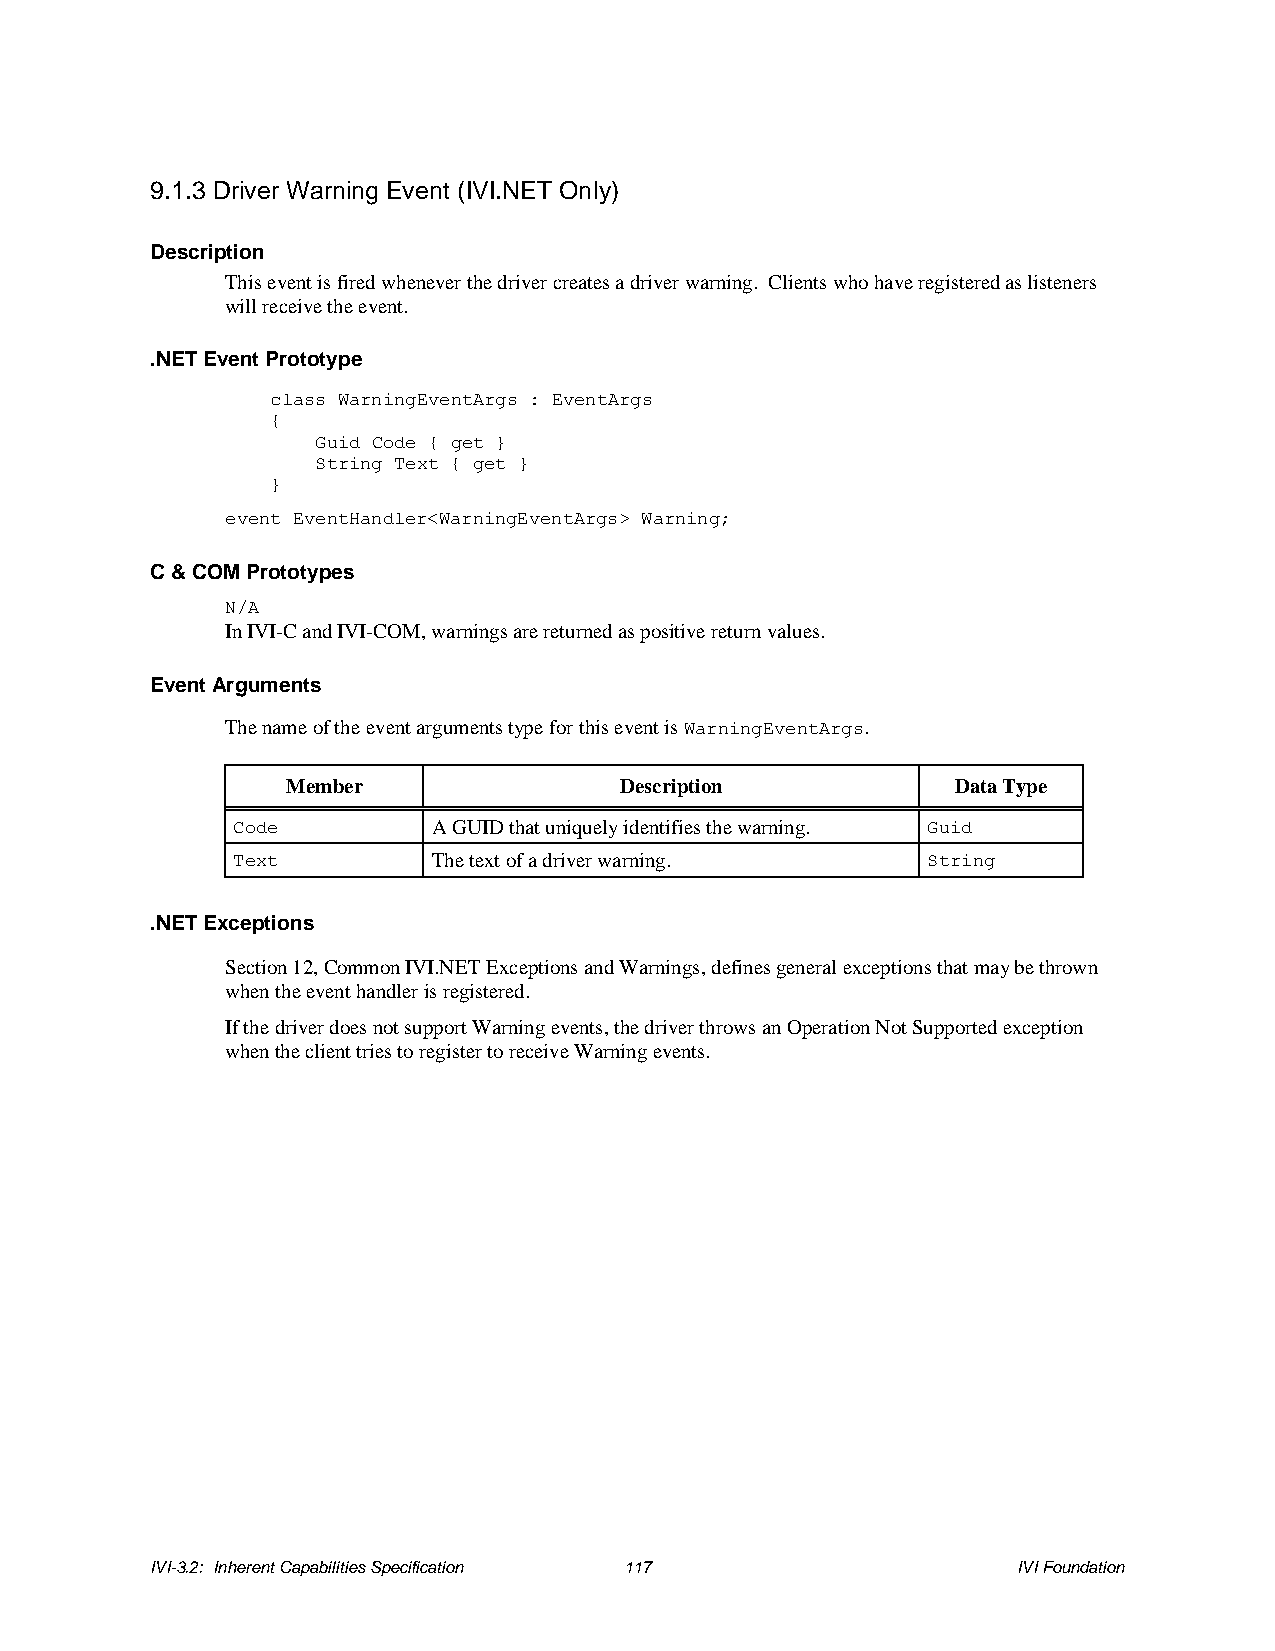
9.1.3 Driver Warning Event (IVI.NET Only)
 Description
 This event is fired whenever the driver creates a driver warning. Clients who have registered as listeners
 will receive the event.
 .NET Event Prototype
 class WarningEventArgs : EventArgs
 {
 Guid Code { get }
 String Text { get }
 }
 event EventHandler<WarningEventArgs> Warning;
 C & COM Prototypes
 N/A
 In IVI-C and IVI-COM, warnings are returned as positive return values.
 Event Arguments
 The name of the event arguments type for this event is WarningEventArgs.
 Member                Description           Data Type
 Code          A GUID that uniquely identifies the warning. Guid
 Text          The text of a driver warning.   String
 .NET Exceptions
 Section 12, Common IVI.NET Exceptions and Warnings, defines general exceptions that may be thrown
 when the event handler is registered.
 If the driver does not support Warning events, the driver throws an Operation Not Supported exception
 when the client tries to register to receive Warning events.
 IVI-3.2: Inherent Capabilities Specification 117         IVI Foundation